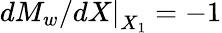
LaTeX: dM_{w}/\left.dX\right|_{X_{1}}=-1